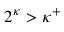
2 ^ { \kappa } > \kappa ^ { + }